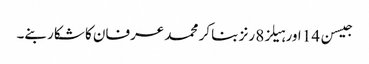
جیسن 14 اور ہیلز8 رنز بنا کر محمد عرفان کا شکار بنے۔